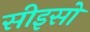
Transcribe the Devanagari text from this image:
सीइसो